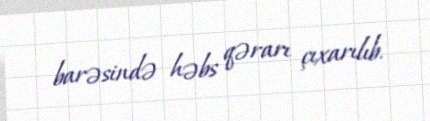
barəsində həbs qərarı çıxarılıb.